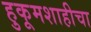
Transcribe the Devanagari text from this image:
हुकूमशाहीचा